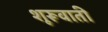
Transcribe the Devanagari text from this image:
शूरूवाती